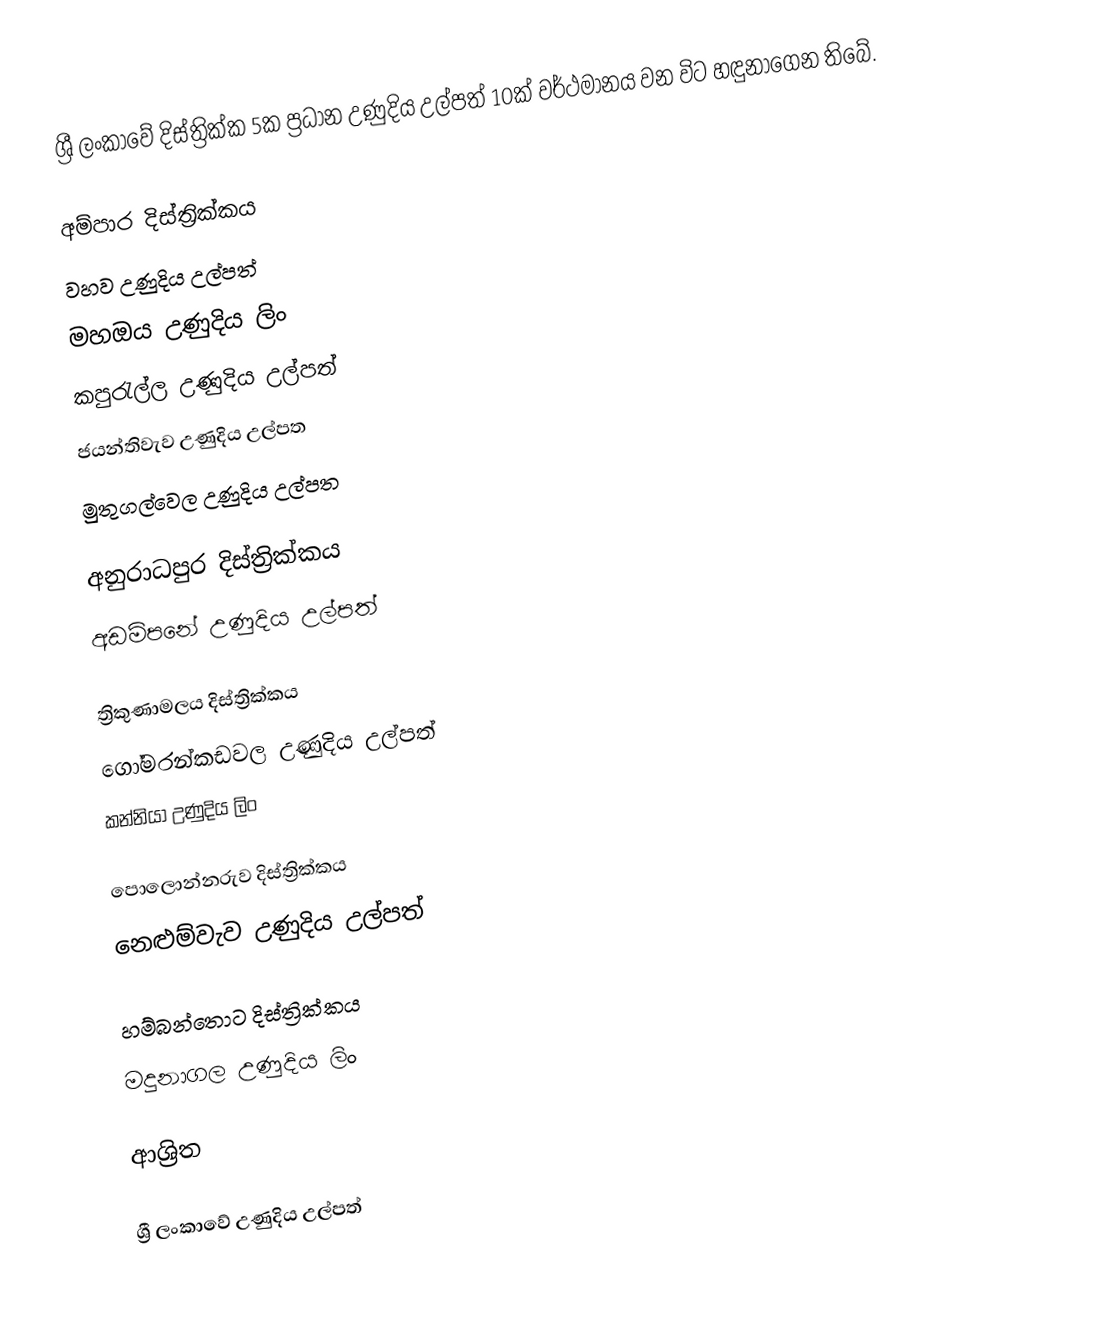
ශ්‍රී ලංකාවේ දිස්ත්‍රික්ක 5ක ප්‍රධාන උණුදිය උල්පත් 10ක් වර්ථමානය වන විට හඳුනාගෙන තිබේ.

අම්පාර දිස්ත්‍රික්කය
වහව උණුදිය උල්පත්
මහඔය උණුදිය ලිං
කපුරැල්ල උණුදිය උල්පත්
ජයන්තිවැව උණුදිය උල්පත
මුතුගල්වෙල උණුදිය උල්පත

අනුරාධපුර දිස්ත්‍රික්කය
අඩම්පනේ උණුදිය උල්පත්

ත්‍රිකුණාමලය දිස්ත්‍රික්කය
ගෝමරන්කඩවල උණුදිය උල්පත්
කන්නියා උණුදිය ලිං

පොලොන්නරුව දිස්ත්‍රික්කය
නෙළුම්වැව උණුදිය උල්පත්

හම්බන්තොට දිස්ත්‍රික්කය
මදුනාගල උණුදිය ලිං

ආශ්‍රිත

ශ්‍රී ලංකාවේ උණුදිය උල්පත්